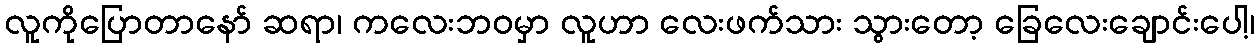
လူကိုပြောတာနော် ဆရာ၊ ကလေးဘဝမှာ လူဟာ လေးဖက်သား သွားတော့ ခြေလေးချောင်းပေါ့၊